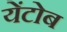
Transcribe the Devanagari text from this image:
येंटोब